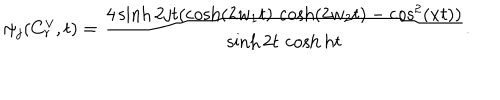
\psi _ { j } ( C _ { r } ^ { \vee } , t ) = \frac { 4 \sinh 2 j t ( \cosh ( 2 w _ { 1 } t ) \, \cosh ( 2 w _ { 2 } t ) - \cos ^ { 2 } ( x t ) ) } { \sinh 2 t \, \cosh h t } .